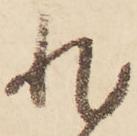
非